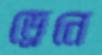
ড্রেনে